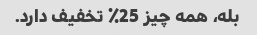
بله، همه چیز 25٪ تخفیف دارد.